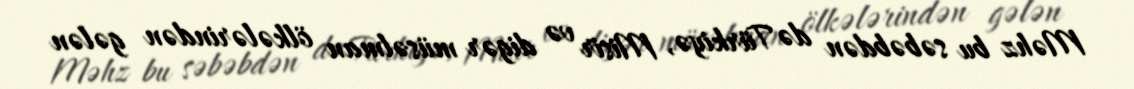
Məhz bu səbəbdən də Türkiyə, Misir və digər müsəlman ölkələrindən gələn